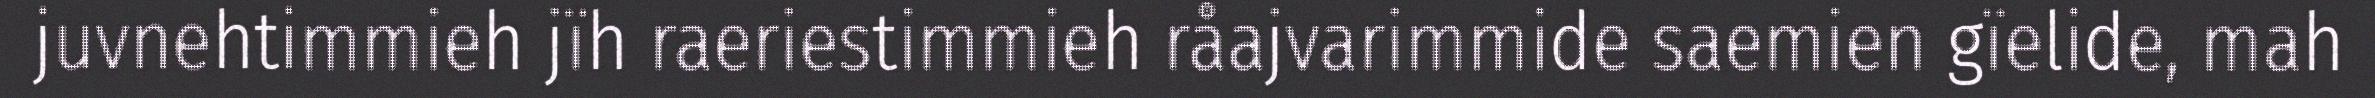
juvnehtimmieh jïh raeriestimmieh råajvarimmide saemien gïelide, mah